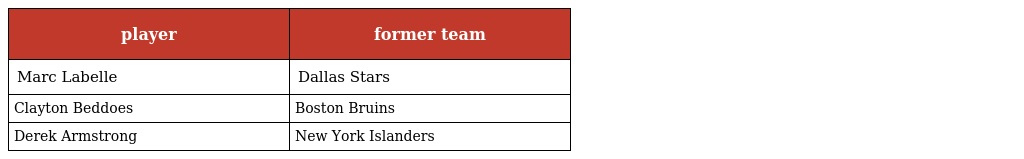
| player | former team |
 | --- | --- |
 | Marc Labelle | Dallas Stars |
 | Clayton Beddoes | Boston Bruins |
 | Derek Armstrong | New York Islanders |